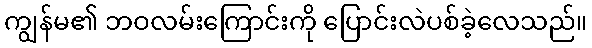
ကျွန်မ၏ ဘဝလမ်းကြောင်းကို ပြောင်းလဲပစ်ခဲ့လေသည်။